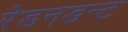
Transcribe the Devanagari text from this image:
रेडनडन्ट